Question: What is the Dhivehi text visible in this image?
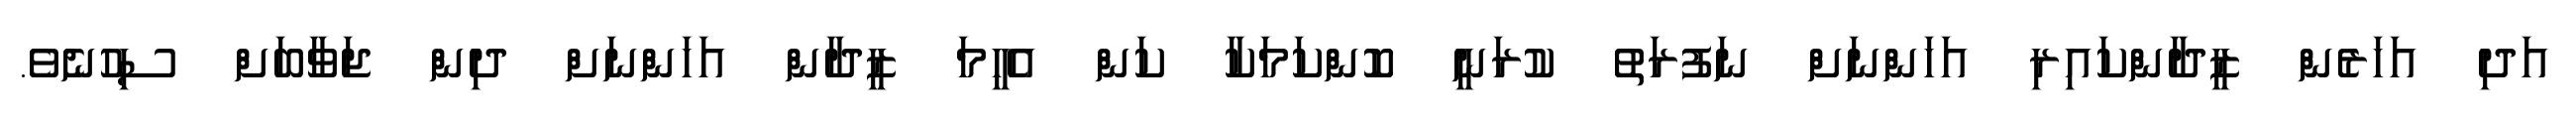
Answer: އަދި އަހަރެން ޒީދާންކައިރި އަހަންނަށް ނަފުރަތު ކުރަނީ ކޮންކަމަކާ ކަން އެހީމަ ޒީދާން އަހަންނަށް ދިން ޖަވާބަށް ސިހުނެވެ.